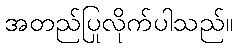
အတည်ပြုလိုက်ပါသည်။